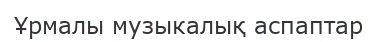
Ұрмалы музыкалық аспаптар